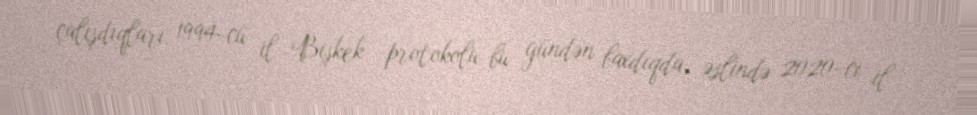
çalışdıqları 1994-cü il Bişkek protokolu bu gündən baxdıqda, əslində 2020-ci il